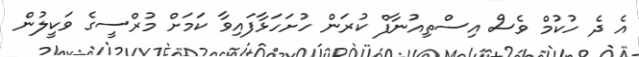
އެ ދެ ހުކުމް ވެސް އިސްތިއުނާފް ކުރަން ހުށަހަޅާފައިވާ ކަމަށް މުރްސީގެ ވަކީލުން